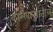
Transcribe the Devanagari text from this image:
कारखान्यांतील